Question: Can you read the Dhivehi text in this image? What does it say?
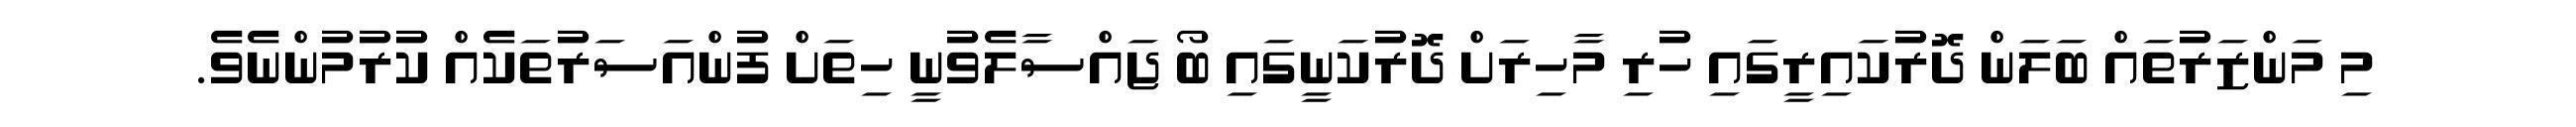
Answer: މި މަންޒަރުތައް ބަލަން ދޮރުކައިރީގައި ހުރި މާހިރަށް ދޮރުކަނީގައި ބޯ ޖައްސާލެވުނީ ހިތަށް ފުންއަސަރުތަކެއް ކުރުމުންނެވެ.